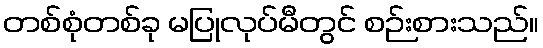
တစ်စုံတစ်ခု မပြုလုပ်မီတွင် စဉ်းစားသည်။